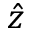
\hat { z }